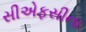
સીએફસીના